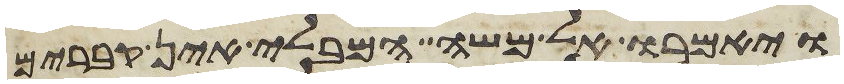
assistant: ויאמרו אל משה המבלי אין קברים